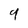
Character: 9